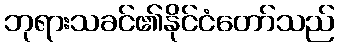
ဘုရားသခင်၏နိုင်ငံတော်သည်